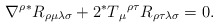
\begin{align*}\nabla ^{\rho }{}^{\ast }R_{\rho \mu \lambda \sigma }+2{}^{\ast }T{}{}_{\mu}{}^{\rho \tau }R_{\rho \tau \lambda \sigma }=0. \end{align*}